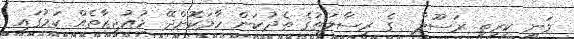
ވަނީ ކީރިތި ރަސޫލާ  ގެ ރިސާލަތުގެ ތެދުކަން ހާމަކޮށްދޭ މުޢުޖިޒާތެއް ކަމުގައި